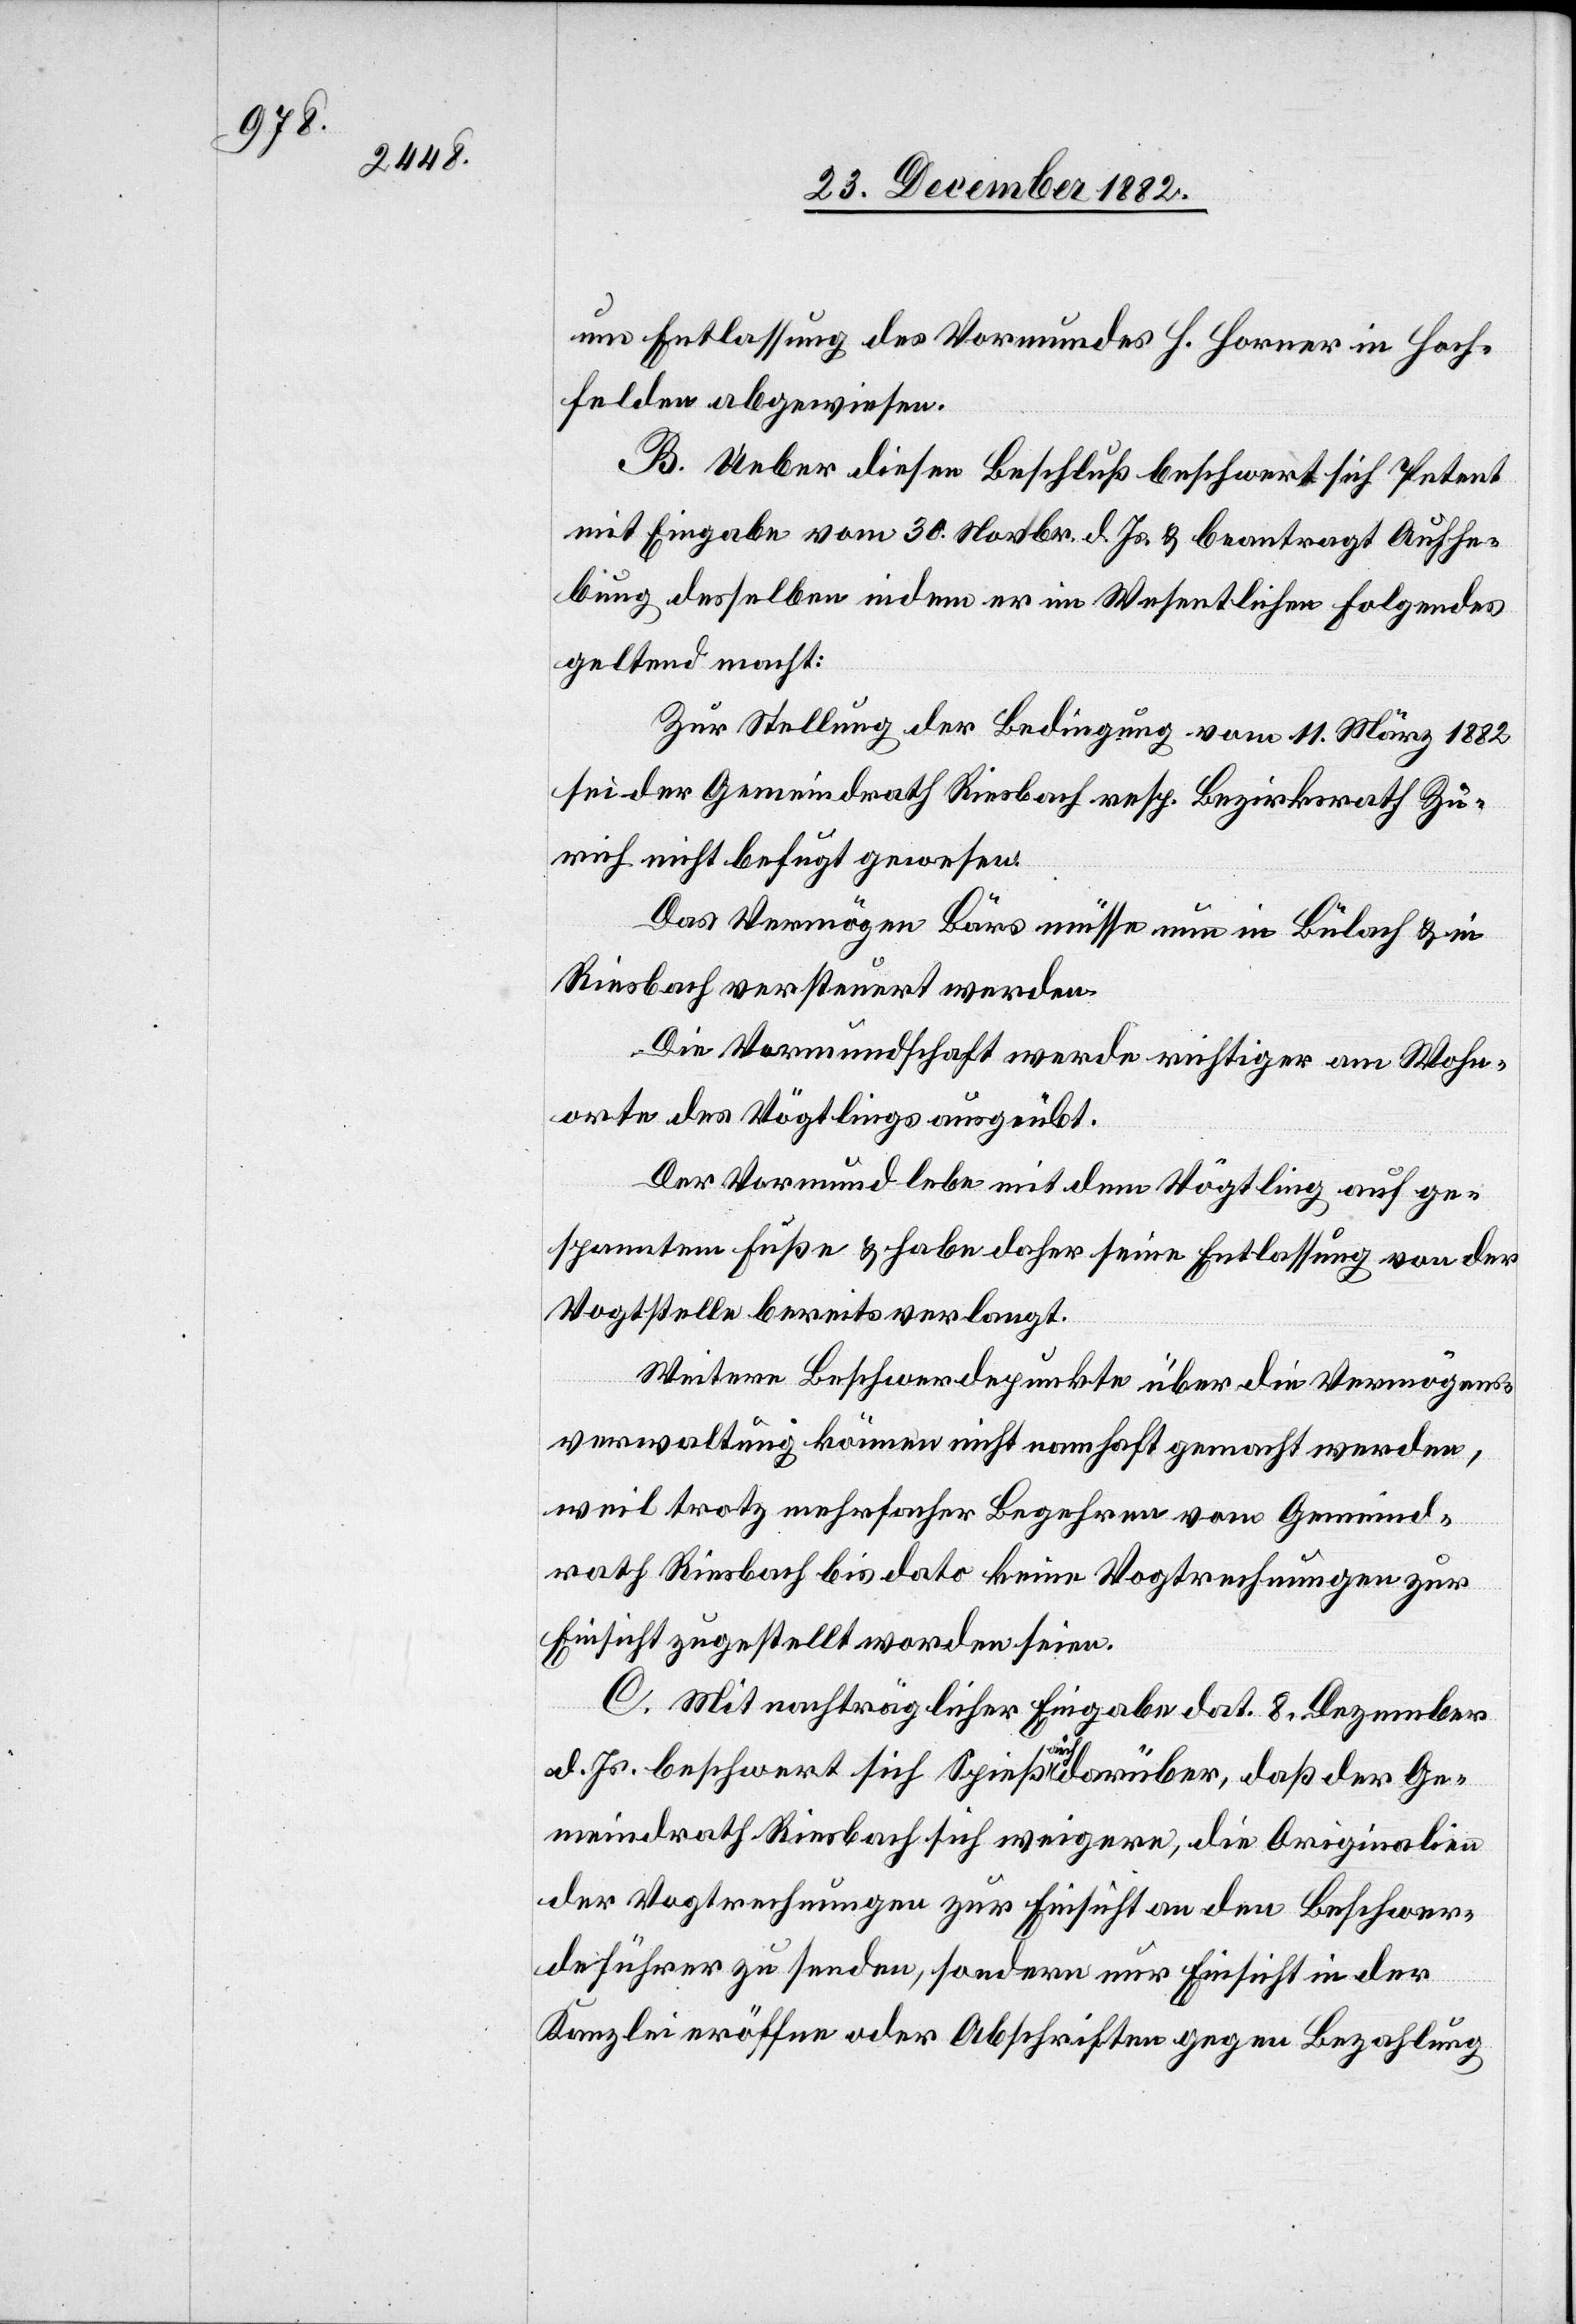
um Entlassung des Vormundes H. Horner in Hoch¬
felden abgewiesen.
B. Ueber diesen Beschluß beschwert sich Petent
mit Eingabe vom 30. Novbr. d. Js. & beantragt Aufhe¬
bung desselben indem er im Wesentlichen Folgendes
geltend macht:
Zur Stellung der Bedingung vom 11. März 1882
sei der Gemeindrath Riesbach resp. Bezirksrath Zü¬
rich nicht befugt gewesen.
Das Vermögen Bärs müsse nun in Bülach & in
Riesbach versteuert werden.
De Vormundschaft werde richtiger am Wohn¬
orte des Vögtlings ausgeübt.
Der Vormund lebe mit dem Vögtling auf ge¬
spanntem Fuße & habe daher seine Entlassung von der
Vogtstelle bereits verlangt.
Weitere Beschwerdepunkte über die Vermögens¬
verwaltung können nicht nahmhaft gemacht werden,
weil trotz mehrfacher Begehren vom Gemeind¬
rath Riesbach bis dato keine Vogtrechnungen zur
Einsicht zugestellt worden seien.
C. Mit nachträglicher Eingabe dat. 8. Dezember
d. Js. beschwert sich Spieß auch darüber, daß der Ge¬
meindrath Riesbach sich weigere, die Originalien
der Vogtrechnungen zur Einsicht an den Beschwer¬
deführer zu senden, sondern nur Einsicht in der
Kanzlei eröffne oder Abschriften gegen Bezahlung